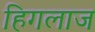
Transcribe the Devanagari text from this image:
हिगलाज